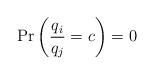
LaTeX: \begin{align*}\Pr\left(\frac{q_i}{q_j} = c\right) =0\end{align*}